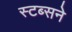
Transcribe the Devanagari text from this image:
स्टब्सने